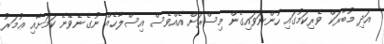
އަދި މުބާރަކް ވެރިކަމުގައި ހުންނަވައިގެން މިސްރަށް އެއްވެސް އިސްލާޙެއް ނުގެނެވޭނެ ކަމަށާއި ޢުމަރު